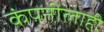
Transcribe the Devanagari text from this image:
कंपनीलाही